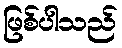
ဖြစ်ပါသည်